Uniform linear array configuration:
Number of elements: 32
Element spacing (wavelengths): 1
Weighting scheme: exponential
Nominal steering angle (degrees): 0
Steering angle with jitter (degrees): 0.9351
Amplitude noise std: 0.05
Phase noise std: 0.05

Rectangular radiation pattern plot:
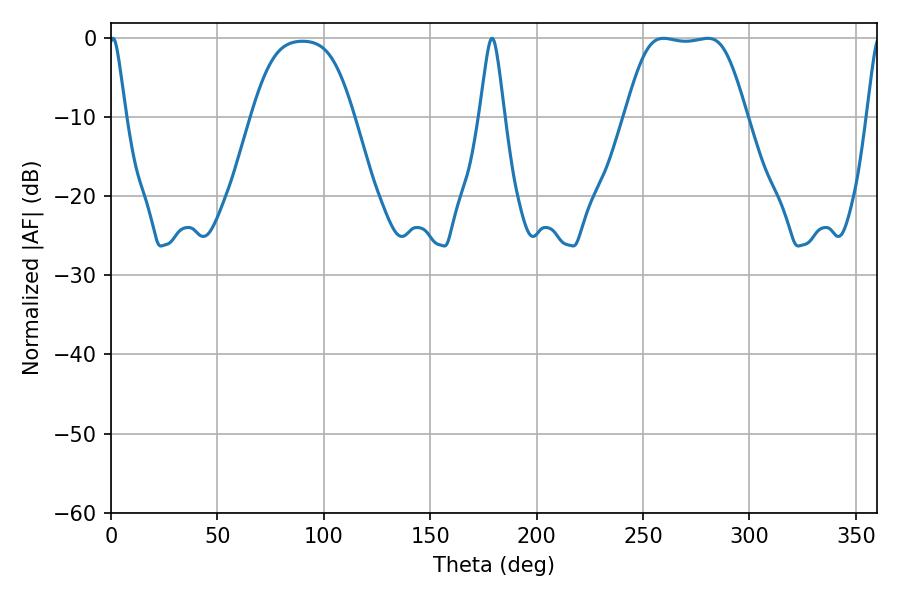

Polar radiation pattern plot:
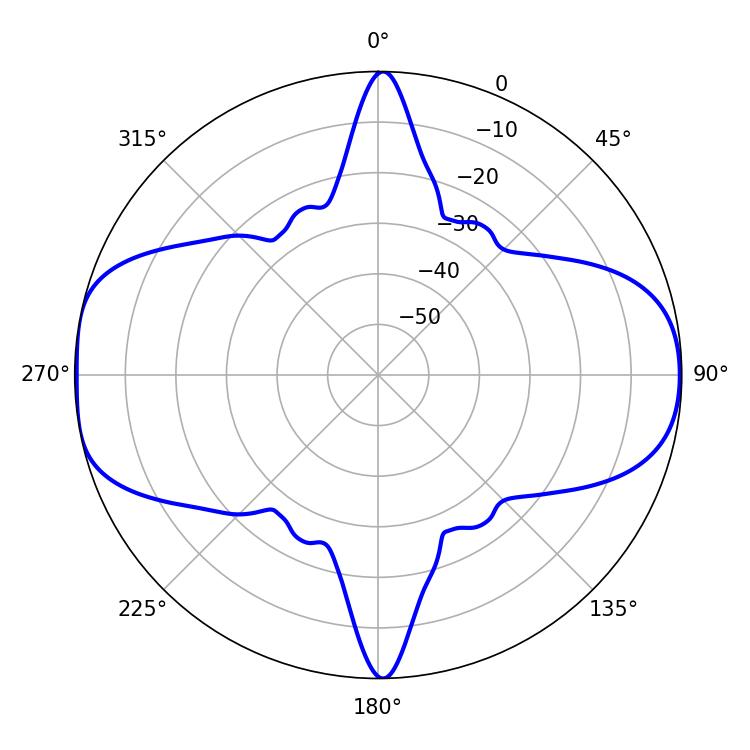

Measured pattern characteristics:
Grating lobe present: TRUE
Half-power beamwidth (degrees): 41.76
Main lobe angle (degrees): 259.56